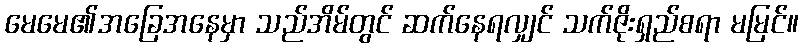
မေမေ၏အခြေအနေမှာ သည်အိမ်တွင် ဆက်နေရလျှင် သက်ဇိုးရှည်စရာ မမြင်။